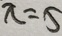
x = 5